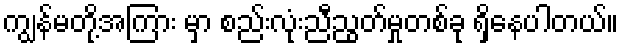
ကျွန်မတို့အကြား မှာ စည်းလုံးညီညွတ်မှုတစ်ခု ရှိနေပါတယ်။